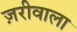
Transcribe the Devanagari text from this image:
ज़रीवाला